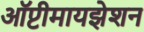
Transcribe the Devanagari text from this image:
ऑप्टीमायझेशन